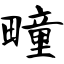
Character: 疃